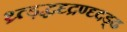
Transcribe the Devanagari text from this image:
थ्र्त्ड़द्धदृद्रण्दृदड्ढ